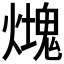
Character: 𤐡